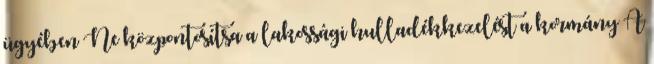
ügyében Ne központosítsa a lakossági hulladékkezelést a kormány A